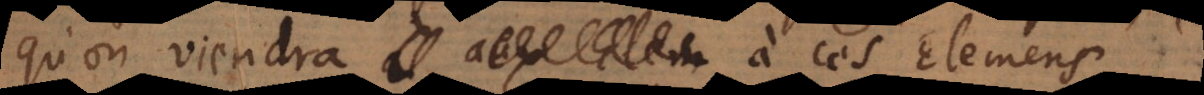
qu’on viendra à ces Elemens